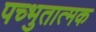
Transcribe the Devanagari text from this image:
पच्भुतात्मक